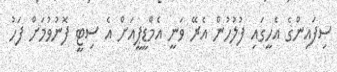
ސިފައިންގެ އެހީގައި ފުލުހުން އެރޭ ވަނީ އެމްޑީޕީއަށް އެ ސިޓީ ފޮނުވުމަށް ފަހު